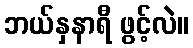
ဘယ်နှနာရီ ဖွင့်လဲ။